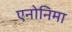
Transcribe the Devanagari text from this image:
एनोनिमा